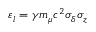
\varepsilon _ { l } = \gamma m _ { \mu } c ^ { 2 } \sigma _ { \delta } \sigma _ { z }